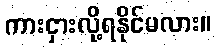
ကားငှားလို့ရနိုင်မလား။